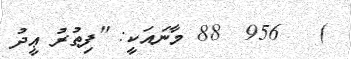
)   956  88 މާނައަކީ: "ފިޠުރު ޢީދު